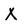
Character: X